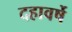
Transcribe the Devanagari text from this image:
दहावर्षे